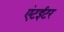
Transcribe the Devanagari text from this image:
एंटईटर